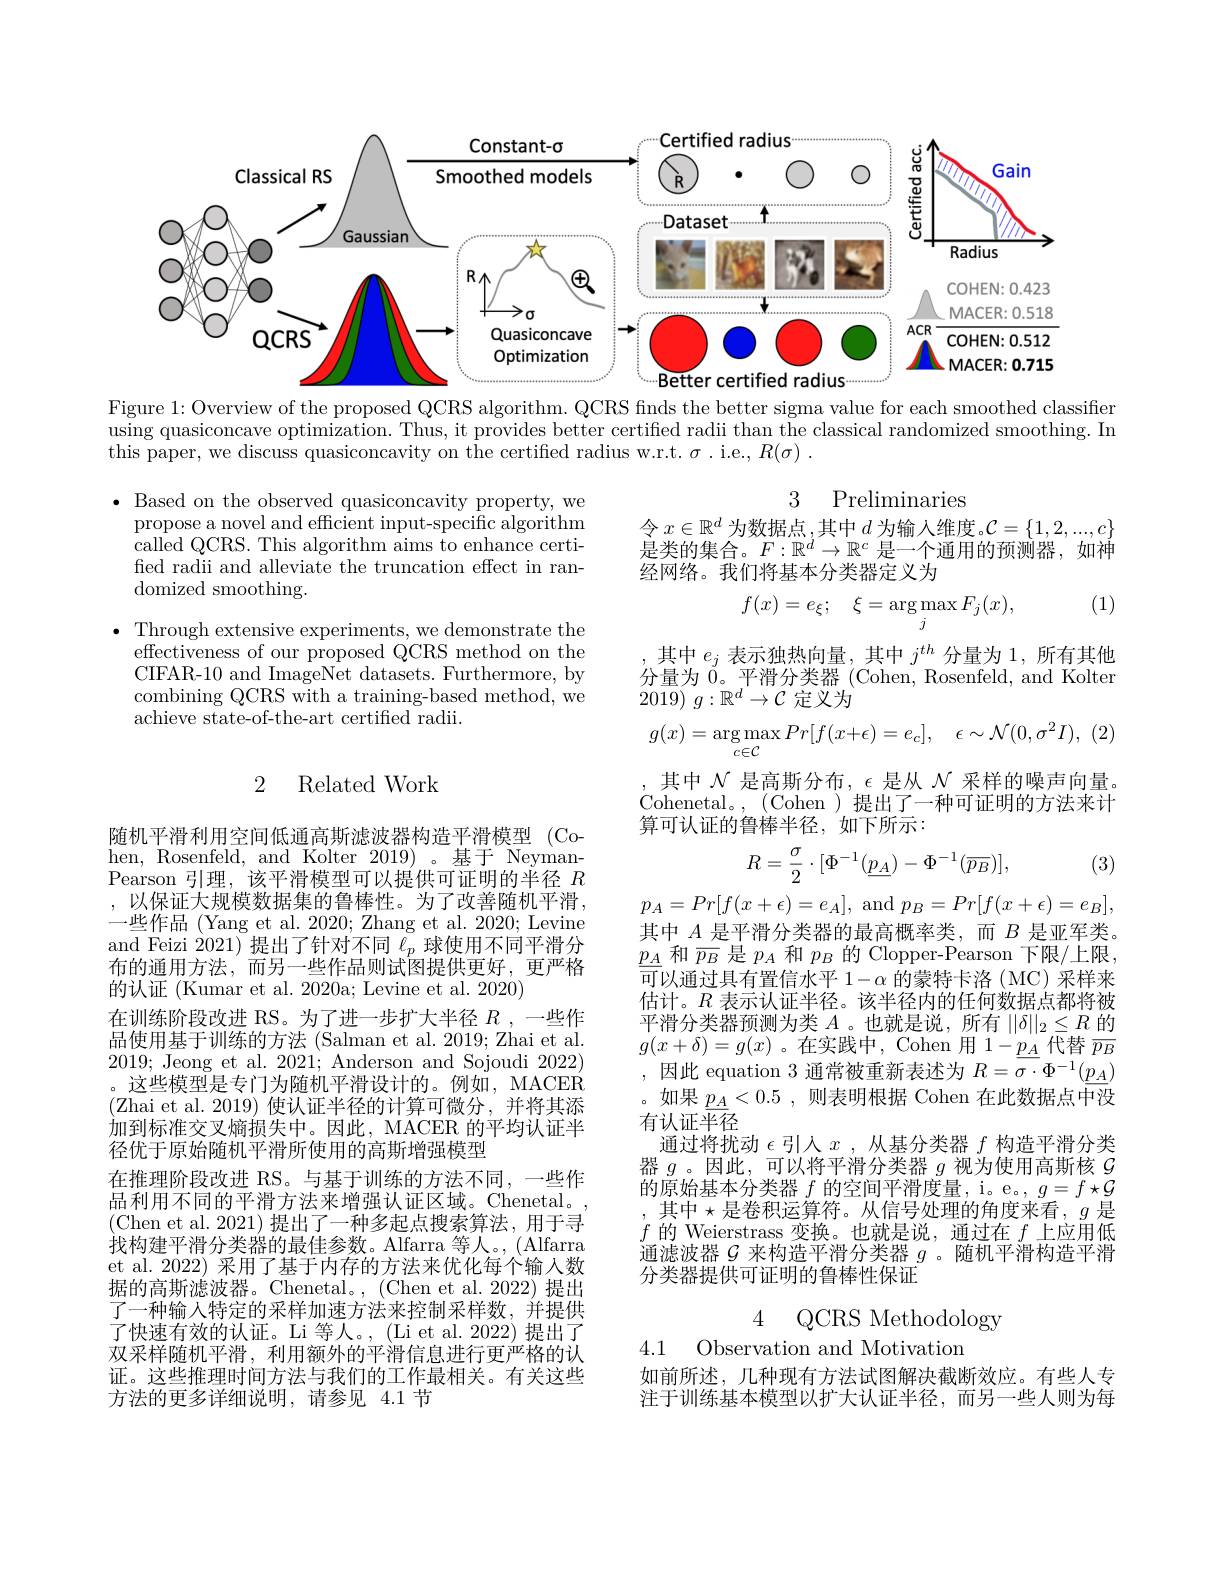
<FigureHere>
Figure 1: Overview of the proposed QCRS algorithm. QCRS finds the better sigma value for each smoothed classifier

using quasiconcave optimization. Thus, it provides better certified radii than the classical randomized smoothing. In
this paper, we discuss quasiconcavity on the certified radius w.r.t. $\sigma$ .i.e., $R( \sigma )$ .

3 Preliminaries

令$x\in\mathbb{R}^d$为数据点，其中$d$为输入维度。$\mathcal{C}=\{1,2,...,c\}$ 是类的集合。$F:\mathbb{R}^d\to\mathbb{R}^c$是一个通用的预测器，如神经网络。我们将基本分类器定义为

(1)

$\bullet$ Based on the observed quasiconcavity property, we
propose a novel and efficient input-specific algorithm called QCRS. This algorithm aims to enhance certified radii and alleviate the truncation effect in randomized smoothing.
$\bullet$ Through extensive experiments, we demonstrate the
effectiveness of our proposed QCRS method on the CIFAR-10 and ImageNet datasets. Furthermore, by combining QCRS with a training-based method, we achieve state-of-the-art certified radii.
$$f(x)=e_\xi;\quad\xi=\arg\max_jF_j(x),$$
其中$e_j$表示独热向量，其中$j^th$分量为1，所有其他分量为$\dot{0}$。平滑分类器 (Cohen, Rosenfeld, and Kolter $20{\overline {19}})$ $g: \mathbb{R} ^{d}\to \mathcal{C}$定义为
$$g(x)=\underset{c\in\mathcal{C}}{\arg\max}Pr[f(x+\epsilon)=e_c],\quad\epsilon\sim\mathcal{N}(0,\sigma^2I),$$
## 2 Related Work

其中$\mathcal{N}$是高斯分布，$\epsilon$是从$\mathcal{N}$采样的噪声向量。Cohenetal。,(Cohen)提出了一种可证明的方法来计算可认证的鲁棒半径，如下所示：
$$R=\frac{\sigma}{2}\cdot[\Phi^{-1}(\underline{p_A})-\Phi^{-1}(\overline{p_B})],$$
(3)

$p_A=Pr[f(x+\epsilon)=e_A]$, and $p_B=Pr[f(x+\epsilon)=e_B]$, 其中$A$是平滑分类器的最高概率类，而$B$是亚军类。$\underline{p_A}$ 和$\overline\overline{p_B}$ 是$p_A$ 和 $p_B$ 的 Clopper-Pearson 下限/上限， $\overline{\text{可}}$以通过具有置信水平 $1-\alpha$ 的蒙特卡洛(MC)采样来估计。$R$表示认证半径。该半径内的任何数据点都将被平滑分类器预测为类$A$。也就是说，所有$||\delta||_2\leq R$的$g(x+\delta)=g(x)$ 。在实践中，Cohen 用$1-\underline{p_A}$代替$\overline\overline{p_B}$ ,因此 equation 3 通常被重新表述为$R=\overline{\sigma\cdot\Phi^{-1}}(\underline{p_A})$ 。如果$\underline p_A<0.5$ ,则表明根据 Cohen 在此数据点中没有认证半径
通过将扰动$\epsilon$引人$x$ ,从基分类器$f$构造平滑分类器$g$。因此，可以将平滑分类器$g$视为使用高斯核$g$ 的原始基本分类器$f$的空间平滑度量，i。e。$,g=f\star\mathcal{G}$
其中$\star$是卷积运算符。从信号处理的角度来看$,g$ 是$f$的 Weierstrass 变换。也就是说，通过在$f$上应用低通滤波器$\mathcal{G}$来构造平滑分类器$g$ 。随机平滑构造平滑分类器提供可证明的鲁棒性保证

随机平滑利用空间低通高斯滤波器构造平滑模型 (Cohen, Rosenfeld, and Kolter 2019)。基于 NeymanPearson 引理，该平滑模型可以提供可证明的半径$R$ ,以保证大规模数据集的鲁棒性。为了改善随机平滑， 一些作品 (Yang et al. 2020; Zhang et al. 2020; Levine and Feizi 2021)提出了针对不同$\bar{\ell_p}$球使用不同平滑分布的通用方法，而另一些作品则试图提供更好，更严格的认证(Kumar et al. 2020a; Levine et al. 2020)
在训练阶段改进 RS。为了进一步扩大半径$R$,一些作品使用基于训练的方法 (Salman et al. 2019; Zhai et al. 2019; Jeong et al. 2021; Anderson and Sojoudi 2022) 。这些模型是专门为随机平滑设计的。例如，MACER (Zhai et al. 2019) 使认证半径的计算可微分，并将其添加到标准交叉熵损失中。因此，MACER 的平均认证半径优于原始随机平滑所使用的高斯增强模型
在推理阶段改进 RS。与基于训练的方法不同，一些作品利用不同的平滑方法来增强认证区域。Chenetal。(Chen et al. 2021) 提出了一种多起点搜索算法，用于寻找构建平滑分类器的最佳参数。Alfarra 等人。, (Alfarra et al. 2022) 采用了基于内存的方法来优化每个输入数据的高斯滤波器。Chenetal。, (Chen et al. 2022) 提出了一种输入特定的采样加速方法来控制采样数，并提供了快速有效的认证。Li 等人。, (Li et al. 2022) 提出了双采样随机平滑，利用额外的平滑信息进行更严格的认证。这些推理时间方法与我们的工作最相关。有关这些方法的更多详细说明，请参见 4.1节

4 QCRS Methodology

4.1 Observation and Motivatior

如前所述，几种现有方法试图解决截断效应。有些人专注于训练基本模型以扩大认证半径，而另一些人则为每